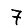
Digit: 7